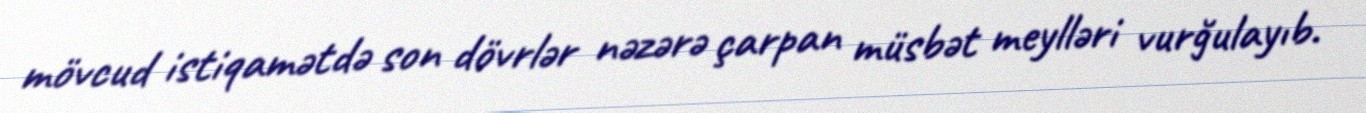
mövcud istiqamətdə son dövrlər nəzərə çarpan müsbət meylləri vurğulayıb.